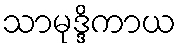
သာမုဒ္ဒိကာယ